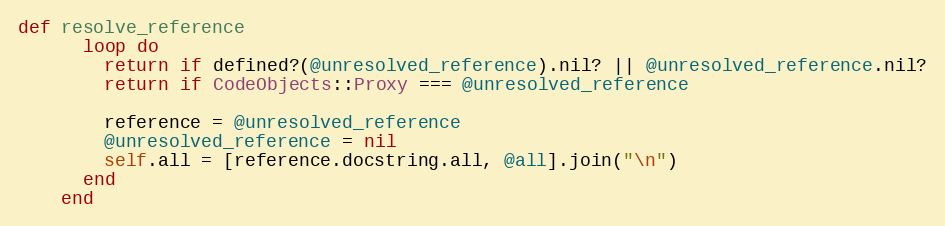
Language: Ruby
def resolve_reference
      loop do
        return if defined?(@unresolved_reference).nil? || @unresolved_reference.nil?
        return if CodeObjects::Proxy === @unresolved_reference

        reference = @unresolved_reference
        @unresolved_reference = nil
        self.all = [reference.docstring.all, @all].join("\n")
      end
    end